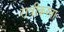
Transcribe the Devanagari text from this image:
रात्रीकरता